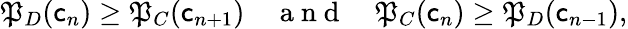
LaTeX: \mathfrak{P}_{D}(\mathsf{c}_{n})\geq\mathfrak{P}_{C}(\mathsf{c}_{n+1})\quad\mathrm{{~a~n~d~}}\quad\mathfrak{P}_{C}(\mathsf{c}_{n})\geq\mathfrak{P}_{D}(\mathsf{c}_{n-1}),